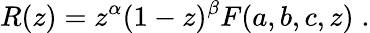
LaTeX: R(z)=z^{\alpha}(1-z)^{\beta}F(a,b,c,z)\; .